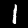
Label: 1